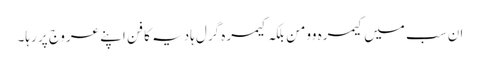
ان سب میں کیمرہ وومن بلکہ کیمرہ گرل ہادیہ کا فن اپنے عروج پر رہا۔